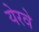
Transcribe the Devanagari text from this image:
येरवे